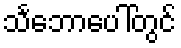
သင်္ဘောပေါ်တွင်